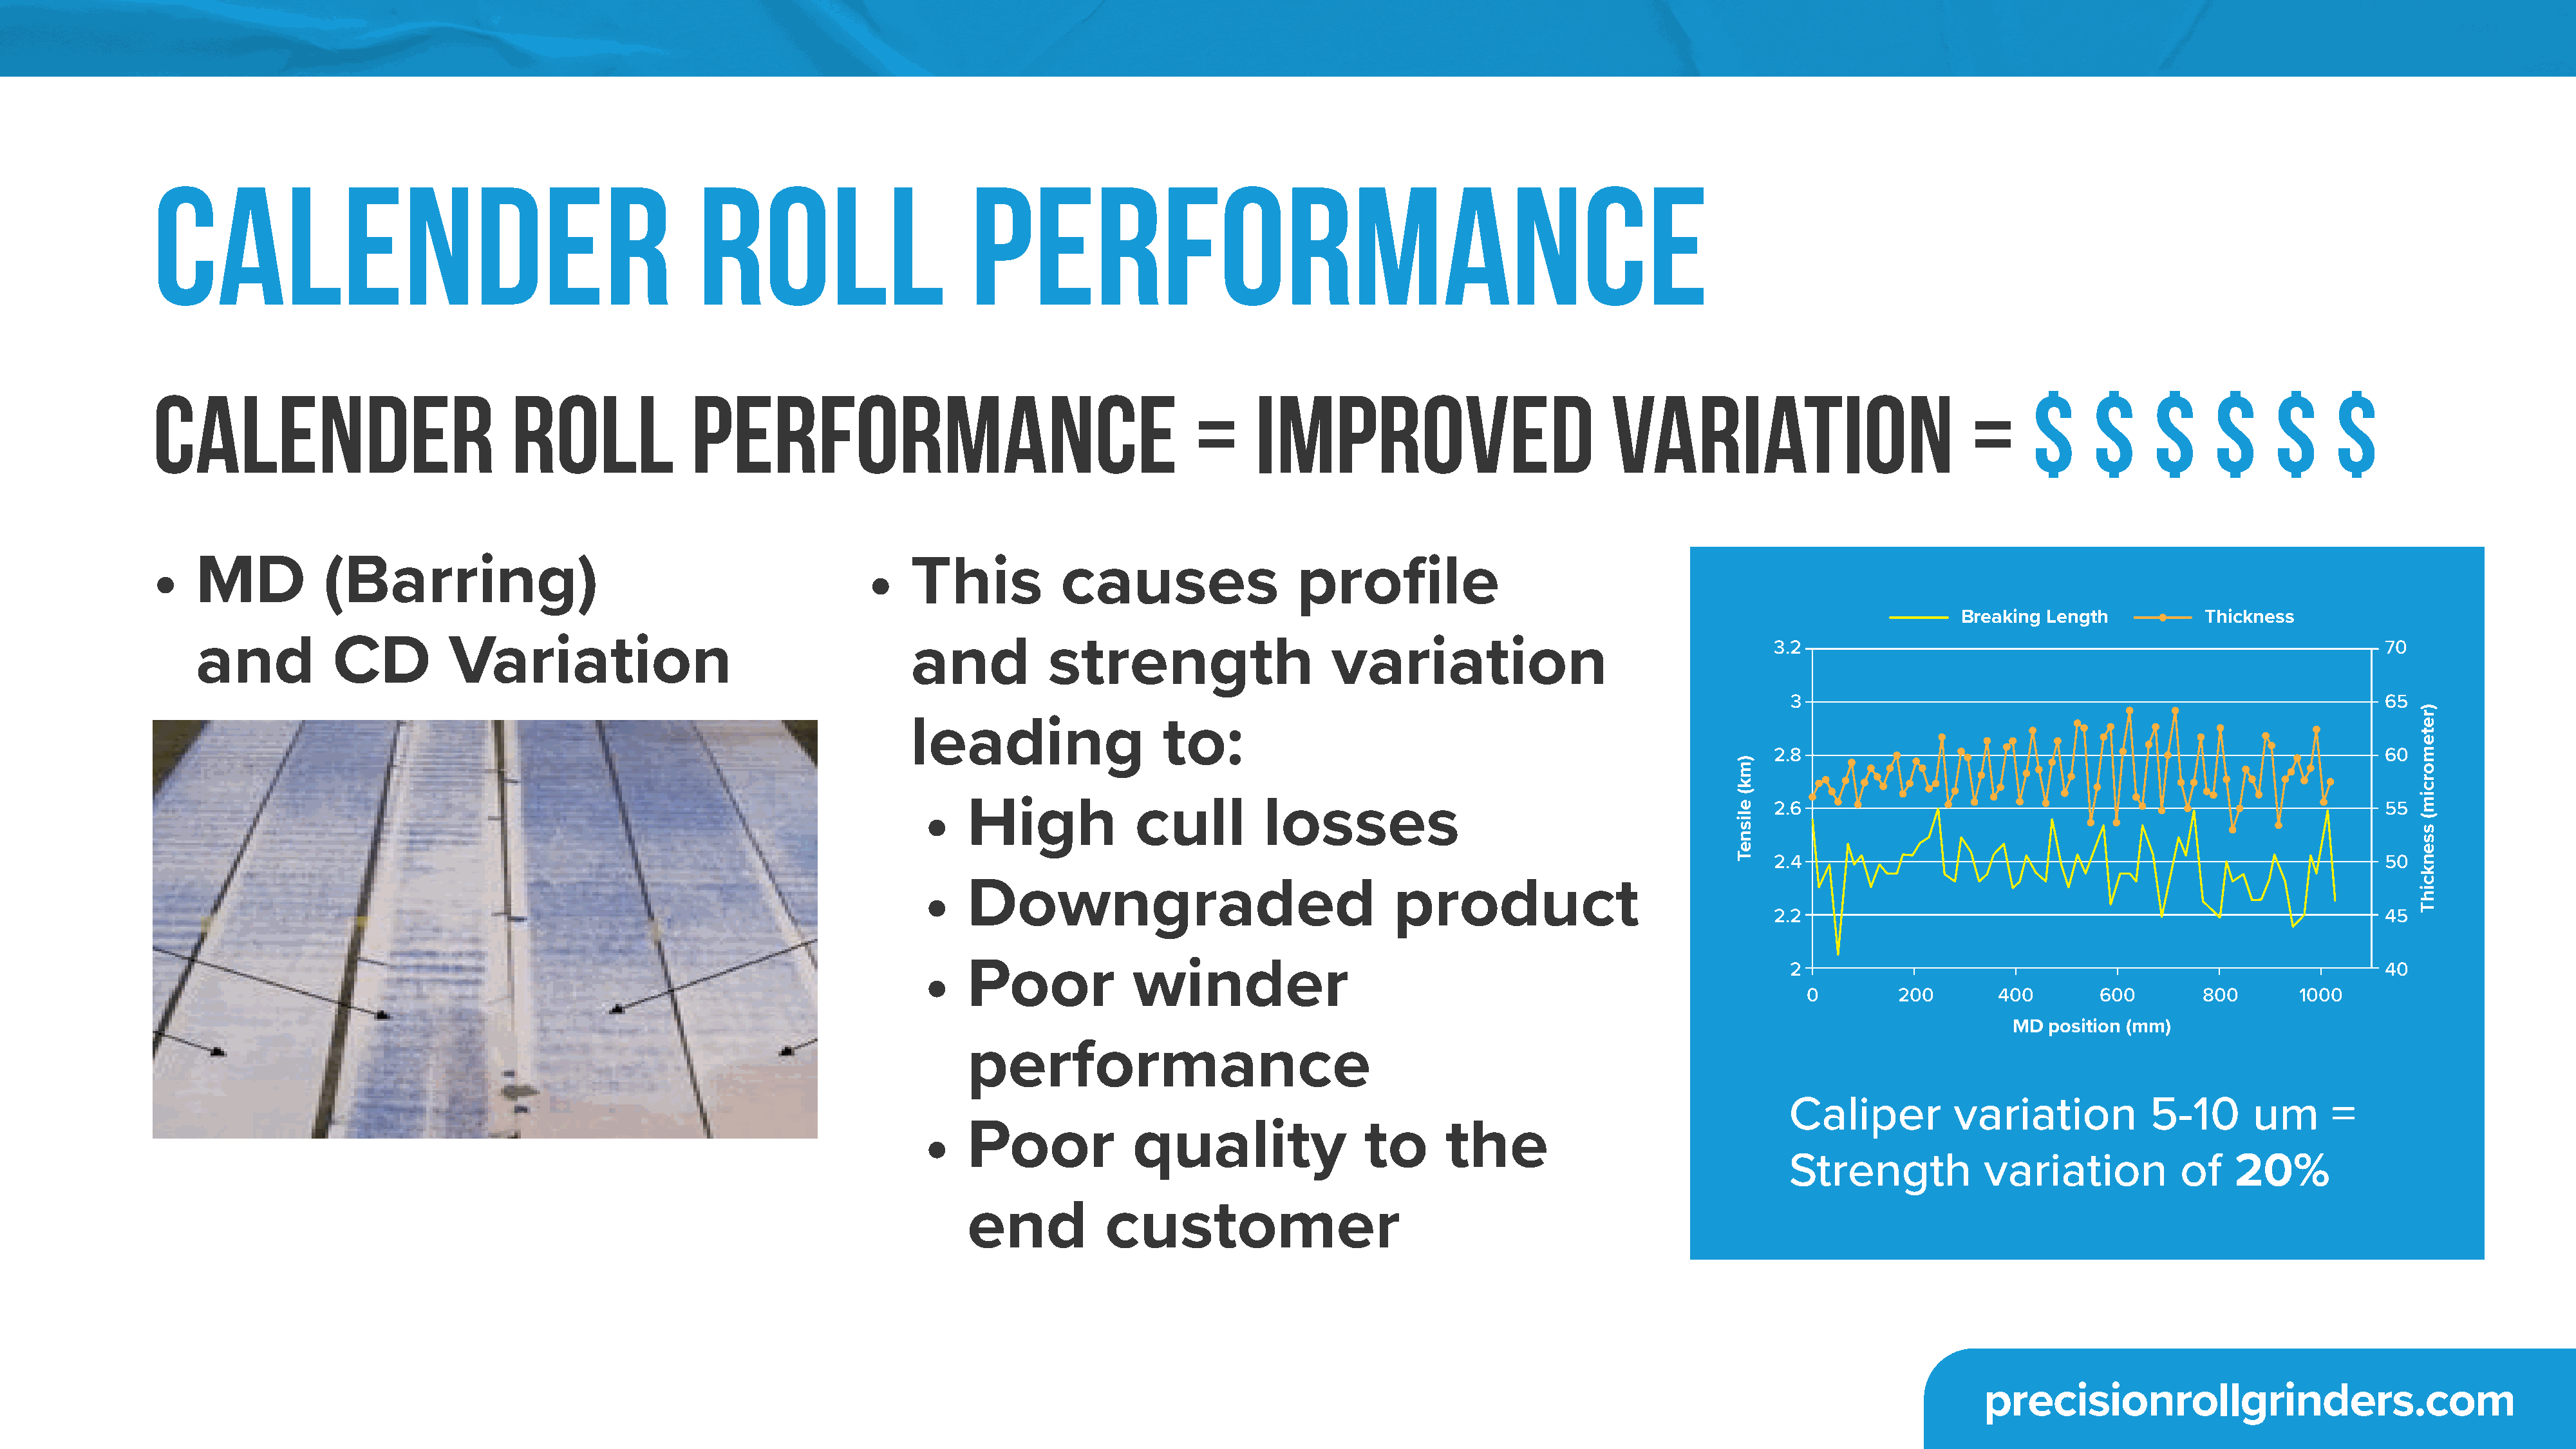
Calender                                                Roll                        Performance
 Calender                             Roll              Performance                                         =     Improved                             Variation                            =     $     $     $      $     $     $
 •   MD           (Barring)                                               •    This           causes                  profile
 Breaking Length          Thickness
 and           CD          Variation                                       and           strength                     variation                                    3.2                                                            70
 3                                                            65
 leading                   to:
 2.8                                                            60
 •   High              cull         losses                                              2.6                                                            55
 2.4                                                            50
 •   Downgraded                                  product
 2.2                                                            45
 •   Poor             winder                                                              2                                                            40
 0        200       400        600       800       1000
 MD  position (mm)
 performance
 Caliper          variation           5-10       um      =
 •   Poor             quality                 to       the
 Strength            variation           of    20%
 end            customer
 precisionrollgrinders.com
 )mk(
 elisneT
 )retemorcim(
 ssenkcihT